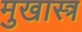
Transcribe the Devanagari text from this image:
मुखास्त्र